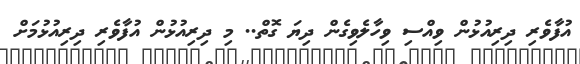
އުފާވެރި ދިރިއުޅުން ވިއްސި ވިހާލެވިގެން ދިޔަ ގޮތް.. މި ދިރިއުޅުން އުފާވެރި ދިރިއުޅުމަށް